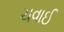
ચવાઈ